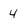
Character: 4